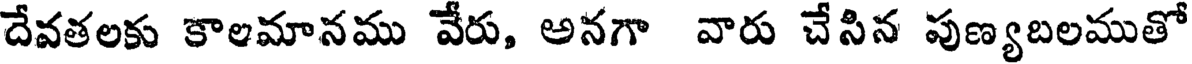
దేవతలకు కాలమానము వేరు, అనగా వారు చేసిన పుణ్యబలముతో